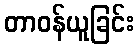
တာဝန်ယူခြင်း